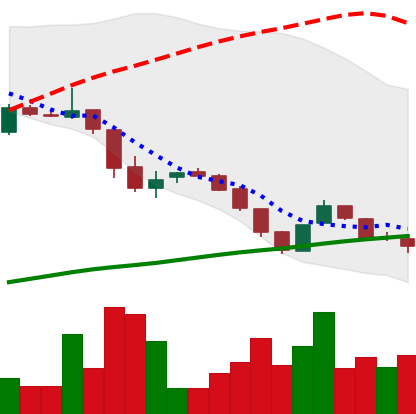
Ticker: DOGE-USD
Chart end date: 2018-10-31
Forward return: -3.773%
Label: down_3_5